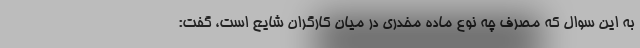
به این سوال که مصرف چه نوع ماده مخدری در میان کارگران شایع است، گفت: